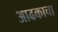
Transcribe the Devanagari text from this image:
आढकाचा